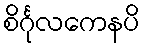
စိင်္ဂုလကေနပိ